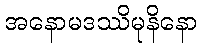
အနောမဒဿိမုနိနော